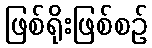
ဖြစ်ရိုးဖြစ်စဉ်